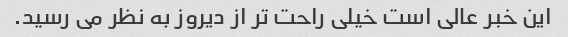
این خبر عالی است خیلی راحت تر از دیروز به نظر می رسید.